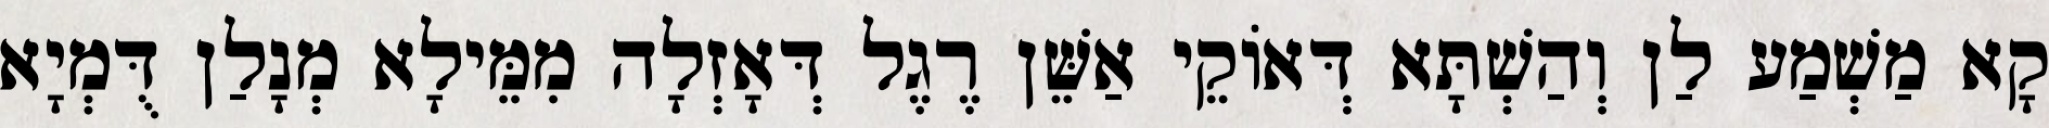
קָא מַשְׁמַע לַן וְהַשְׁתָּא דְּאוֹקֵי אַשֵּׁן רֶגֶל דְּאָזְלָה מִמֵּילָא מְנָלַן דֻּמְיָא